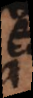
s